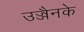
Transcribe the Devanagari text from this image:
उज्जैनके